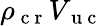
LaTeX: \rho_{\mathrm{~c~r~}}V_{\mathrm{~u~c~}}